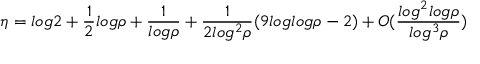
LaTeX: \eta = l o g 2 + \frac { 1 } { 2 } l o g \rho + \frac { 1 } { l o g \rho } + \frac { 1 } { 2 l o g ^ { 2 } \rho } ( 9 l o g l o g \rho - 2 ) + O ( \frac { l o g ^ { 2 } l o g \rho } { l o g ^ { 3 } \rho } )